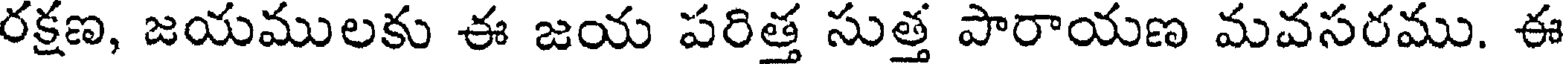
రక్షణ, జయములకు ఈ జయ పరిత్త సుత్త పారాయణ మవసరము. ఈ